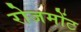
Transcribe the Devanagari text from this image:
रोजमोंट